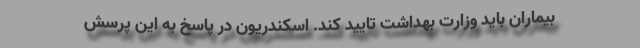
بیماران باید وزارت بهداشت تایید کند. اسکندریون در پاسخ به این پرسش